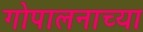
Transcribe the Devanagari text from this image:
गोपालनाच्या